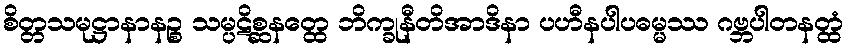
စိတ္တသမုဋ္ဌာနာနဉ္စ သမ္ပဋိစ္ဆနတ္ထေ ဘိက္ခုနီတိအာဒိနာ ပဟီနပါပဓမ္မဿ ဂဗ္ဘပါတနတ္ထံ